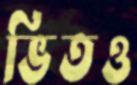
ভিতও